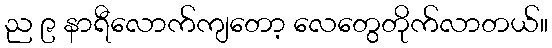
ည ၉ နာရီလောက်ကျတော့ လေတွေတိုက်လာတယ်။